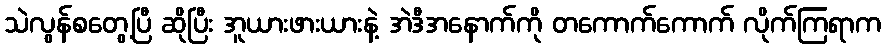
သဲလွန်စတွေ့ပြီ ဆိုပြီး အူယားဖားယားနဲ့ အဲဒီအနောက်ကို တကောက်ကောက် လိုက်ကြရာက